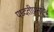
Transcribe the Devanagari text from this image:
पध्दतीप्रमाणे